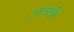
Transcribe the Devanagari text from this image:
एक्साईज़